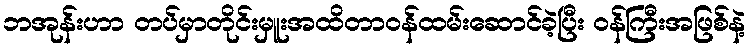
ဘအုန်းဟာ တပ်မှာတိုင်းမှူးအထိတာဝန်ထမ်းဆောင်ခဲ့ပြီး ဝန်ကြီးအဖြစ်နဲ့